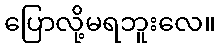
ပြောလို့မရဘူးလေ။